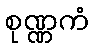
စုဏ္ဏကံ